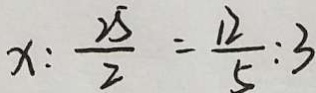
x : \frac { 2 5 } { 2 } = \frac { 1 2 } { 5 } : 3